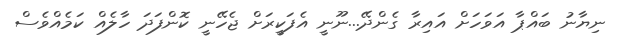
ނިޔާނު ބައްޕާ އަވަހަށް އައިރާ ގެންދޭ...ނޫނީ އެފަކީރަށް ޖެހޭނީ ކޮންފަދަ ހާލެއް ކަމެއްވެސް